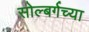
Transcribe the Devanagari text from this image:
सोल्बर्गच्या